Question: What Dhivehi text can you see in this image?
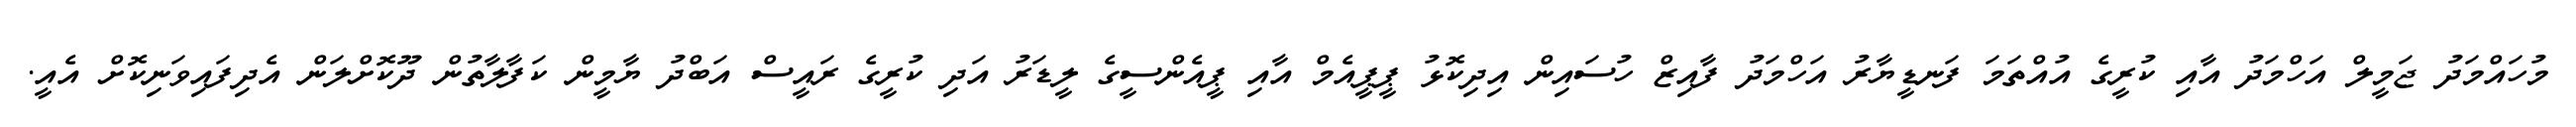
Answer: މުހައްމަދު ޖަމީލް އަހްމަދު އާއި ކުރީގެ އުއްތަމަ ފަނޑީޔާރު އަހްމަދު ފާއިޒް ހުސައިން އިދިކޮޅު ޕީޕީއެމް އާއި ޕީއެންސީގެ ލީޑަރު އަދި ކުރީގެ ރައީސް އަބްދު ޔާމީން ކަފާލާތުން ދޫކޮށްލަން އެދިފައިވަނިކޮށް އެއީ.